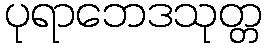
ပုရာဘေဒသုတ္တ